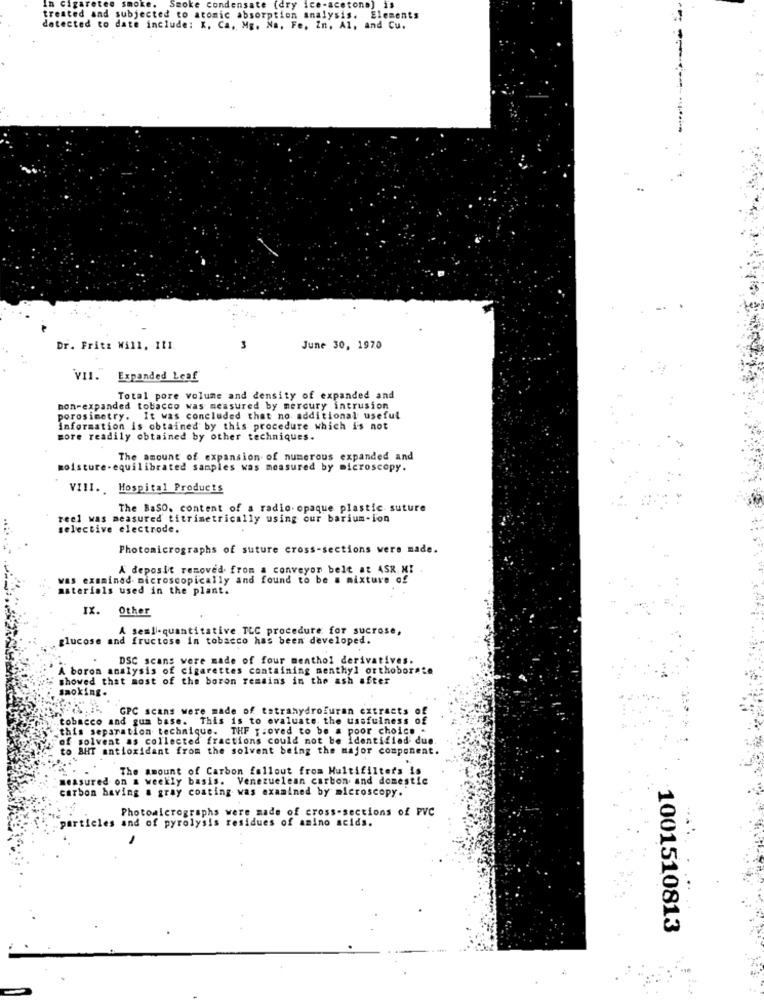
In cigaretes smoke.
Smoke condensate (dry ice-acetona) is
treated and subjected to atomic absorption analysis.
. Elements
detected to date include: K. Ca, Mg. Na, Fe. In, Al, and Cu.
Dr. Fritz Will. 111.
3
June 30, 1970
VII."
Expanded Leaf
Total pore volume and density of expanded and
non-expanded tobacco was measured by mercury intrusion
porosimetry. It was concluded that no additional useful
Information is obtained by this procedure which is not
more readily obtained by other techniques.
The amount of expansion of numerous expanded and
moisture-equilibrated samples was measured by microscopy.
VIII .. Hospital Products
The BaSO, content of a radio. opaque plastic suture
reel was measured titrimetrically using our barium-ion
selective electrode.
Photomicrographs of suture cross-sections were made.
A deposit removed from a conveyor belt at ASR. MI
was examined microscopically and found to be a mixture of
materials used in the plant.
IX. Other
A semi-quantitative TLC procedure for sucrose,
glucose and fructose in tobacco has been developed.
DSC scans were made of four menthol derivatives.
A boron analysis of cigarettes containing menthyl orthoborate
showed that most of the boron remains in the ash after
smoking.
Z.t. GPC scans were made of tetrahydrofuran extracts o
tobacco and gum base. This is to evaluate the usefulness of
this separation technique. THF ;: oved to be a poor choice .
of solvent as collected fractions could not be Identified due.
to BHT antioxidant from the solvent being the major component.
The amount of Carbon fallout from Multifilters is
measured on a weekly basis. Venezuelean carbon and domestic
carbon having a gray coating was examined by microscopy.
Photoalcrographs were made of cross-sections of PVC
particles and of pyrolysis residues of amino acids.
1001510813